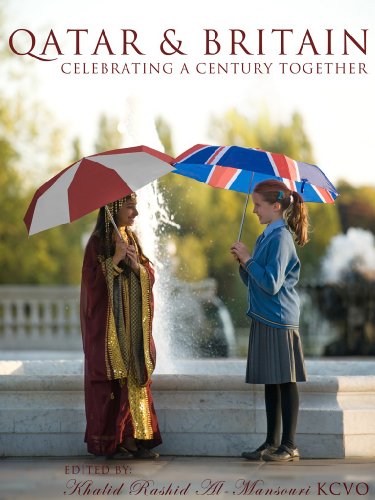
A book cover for Qatar & Britain: Celebrating a Century; History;